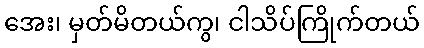
အေး၊ မှတ်မိတယ်ကွ၊ ငါသိပ်ကြိုက်တယ်